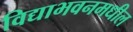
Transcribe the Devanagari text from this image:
विद्याभवनमधील